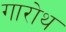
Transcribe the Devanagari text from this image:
गारोथ